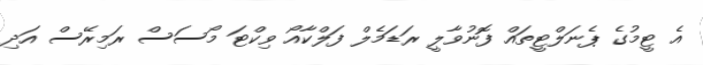
އެ ޓީމުގެ ޕެނަލްޓީތައް ފޮނުވާލީ ރަޑަމެލް ފަލްކާއޯ ވިކްޓަ މޯސަސް ރަމިރޭސް އަދި